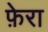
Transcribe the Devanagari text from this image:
फ़ेरा